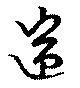
遄